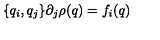
\{ q _ { i } , q _ { j } \} \partial _ { j } \rho ( q ) = f _ { i } ( q )